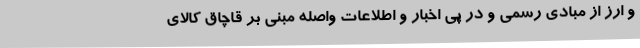
و ارز از مبادی رسمی و در پی اخبار و اطلاعات واصله مبنی بر قاچاق کالای